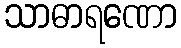
သာဓာရဏော